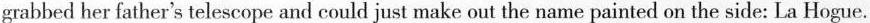
grabbed her father's telescope and could just make out the name painted on the side: La Hogue.